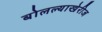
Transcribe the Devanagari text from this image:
बोलल्याखेरीज